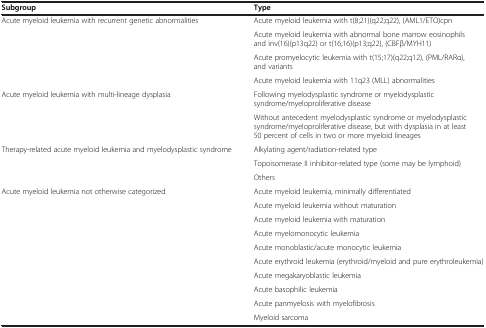
<table><thead><tr><td><b>Subgroup</b></td><td><b>Type</b></td></tr></thead><tbody><tr><td>Acute myeloid leukemia with recurrent genetic abnormalities</td><td>Acute myeloid leukemia with t(8;21)(q22;q22), (AML1/ETO)cpn</td></tr><tr><td> </td><td>Acute myeloid leukemia with abnormal bone marrow eosinophils and inv(16)(p13q22) or t(16;16)(p13;q22), (CBFβ/MYH11)</td></tr><tr><td> </td><td>Acute promyelocytic leukemia with t(15;17)(q22;q12), (PML/RARα), and variants</td></tr><tr><td> </td><td>Acute myeloid leukemia with 11q23 (MLL) abnormalities</td></tr><tr><td>Acute myeloid leukemia with multi-lineage dysplasia</td><td>Following myelodysplastic syndrome or myelodysplastic syndrome/myeloproliferative disease</td></tr><tr><td> </td><td>Without antecedent myelodysplastic syndrome or myelodysplastic syndrome/myeloproliferative disease, but with dysplasia in at least 50 percent of cells in two or more myeloid lineages</td></tr><tr><td>Therapy-related acute myeloid leukemia and myelodysplastic syndrome</td><td>Alkylating agent/radiation-related type</td></tr><tr><td> </td><td>Topoisomerase II inhibitor-related type (some may be lymphoid)</td></tr><tr><td> </td><td>Others</td></tr><tr><td>Acute myeloid leukemia not otherwise categorized</td><td>Acute myeloid leukemia, minimally differentiated</td></tr><tr><td> </td><td>Acute myeloid leukemia without maturation</td></tr><tr><td> </td><td>Acute myeloid leukemia with maturation</td></tr><tr><td> </td><td>Acute myelomonocytic leukemia</td></tr><tr><td> </td><td>Acute monoblastic/acute monocytic leukemia</td></tr><tr><td> </td><td>Acute erythroid leukemia (erythroid/myeloid and pure erythroleukemia)</td></tr><tr><td> </td><td>Acute megakaryoblastic leukemia</td></tr><tr><td> </td><td>Acute basophilic leukemia</td></tr><tr><td> </td><td>Acute panmyelosis with myelofibrosis</td></tr><tr><td> </td><td>Myeloid sarcoma</td></tr></tbody></table>